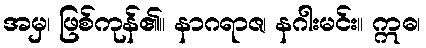
အမှ၊ ဖြစ်ကုန်၏။ နာဂရာဇ၊ နဂါးမင်း။ ဣဓ၊